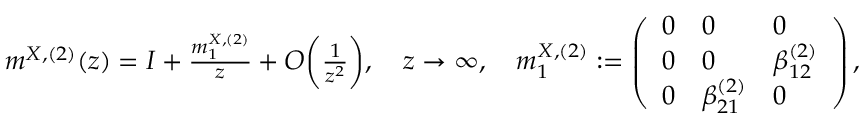
\begin{array} { r } { m ^ { X , ( 2 ) } ( z ) = I + \frac { m _ { 1 } ^ { X , ( 2 ) } } { z } + O \biggl ( \frac { 1 } { z ^ { 2 } } \biggr ) , \quad z \to \infty , \quad m _ { 1 } ^ { X , ( 2 ) } : = \left( \begin{array} { l l l } { 0 } & { 0 } & { 0 } \\ { 0 } & { 0 } & { \beta _ { 1 2 } ^ { ( 2 ) } } \\ { 0 } & { \beta _ { 2 1 } ^ { ( 2 ) } } & { 0 } \end{array} \right) , } \end{array}